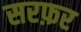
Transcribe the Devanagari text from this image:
सरफ़र